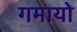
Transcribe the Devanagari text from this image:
गमायो